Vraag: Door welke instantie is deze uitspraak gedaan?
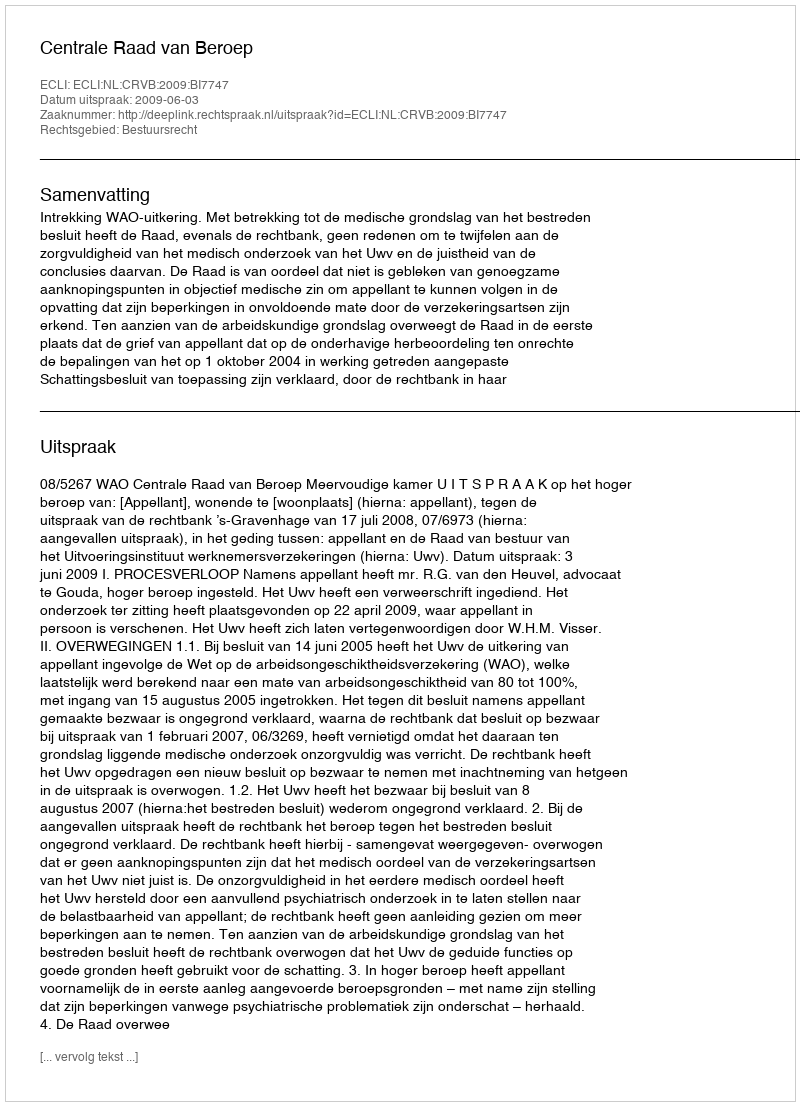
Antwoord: Centrale Raad van Beroep